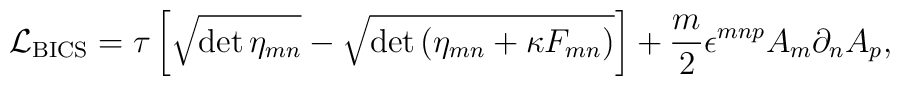
{\cal L}_{\rm BICS} = \tau \left[ \sqrt{\det \eta_{mn}} -  \sqrt{\det \left(\eta_{mn} + \kappa F_{mn}\right)} \right] +  \frac{m}{2} \epsilon^{mnp} A_m \partial_n A_p,